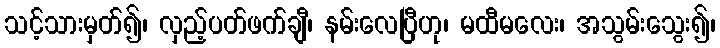
သင့်သားမှတ်၍၊ လှည့်ပတ်ဖက်ချီ၊ နမ်းလေပြီဟု၊ မထီမလေး၊ အသွမ်းသွေး၍၊